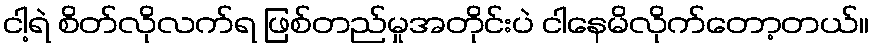
ငါ့ရဲ စိတ်လိုလက်ရ ဖြစ်တည်မှုအတိုင်းပဲ ငါနေမိလိုက်တော့တယ်။